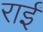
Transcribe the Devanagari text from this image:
राईं